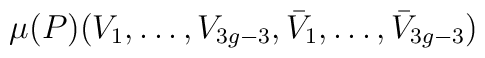
\mu(P)(V_{1},\ldots,V_{3g-3},\bar{V}_{1},\ldots,\bar{V}_{3g-3})